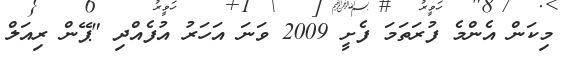
މިކަން އެންމެ ފުރަތަމަ ފެށީ 2009 ވަނަ އަހަރު އުފެެއްދި "ޕޭން ރިއަލް